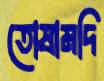
তোষামদি